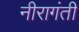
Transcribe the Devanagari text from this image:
नीरागंती